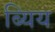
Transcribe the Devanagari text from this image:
ब्यिय